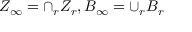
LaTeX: Z _ { \infty } = \cap _ { r } Z _ { r } , B _ { \infty } = \cup _ { r } B _ { r }